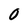
Character: 0